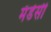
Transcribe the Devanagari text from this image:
मँडेसी